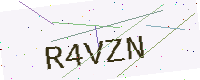
Text: R4VZN